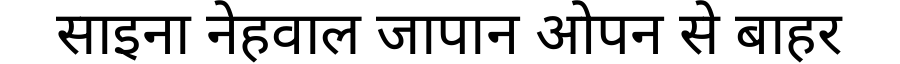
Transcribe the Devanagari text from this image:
साइना नेहवाल जापान ओपन से बाहर